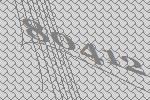
80412